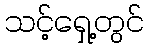
သင့်ရှေ့တွင်